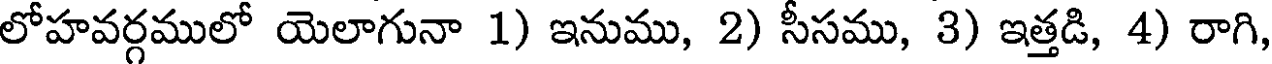
లోహవర్గములో యెలాగునా 1) ఇనుము, 2) సీసము, 3) ఇత్తడి, 4) రాగి,